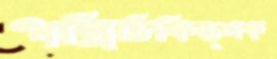
পল্লিচিকিত্সক